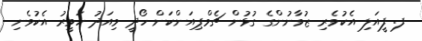
ފ. ފީއަލި އެކުވެރި ޒުވާނުންގެ ގުޅުން ޗެމްޕިއަންކަން ހޯދީ މިއަދު ހަވީރު އެކުވެނި